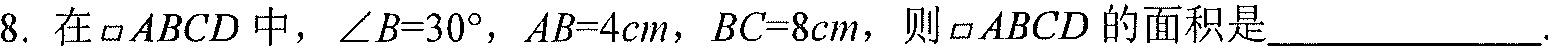
8. 在\(\square ABCD\)中，\(\angle B = 30^{\circ}\)，\(AB = 4cm\)，\(BC = 8cm\)，则\(\square ABCD\)的面积是________________.